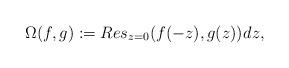
LaTeX: \begin{align*}\Omega(f,g):=Res_{z=0}(f(-z),g(z))_{}dz,\end{align*}